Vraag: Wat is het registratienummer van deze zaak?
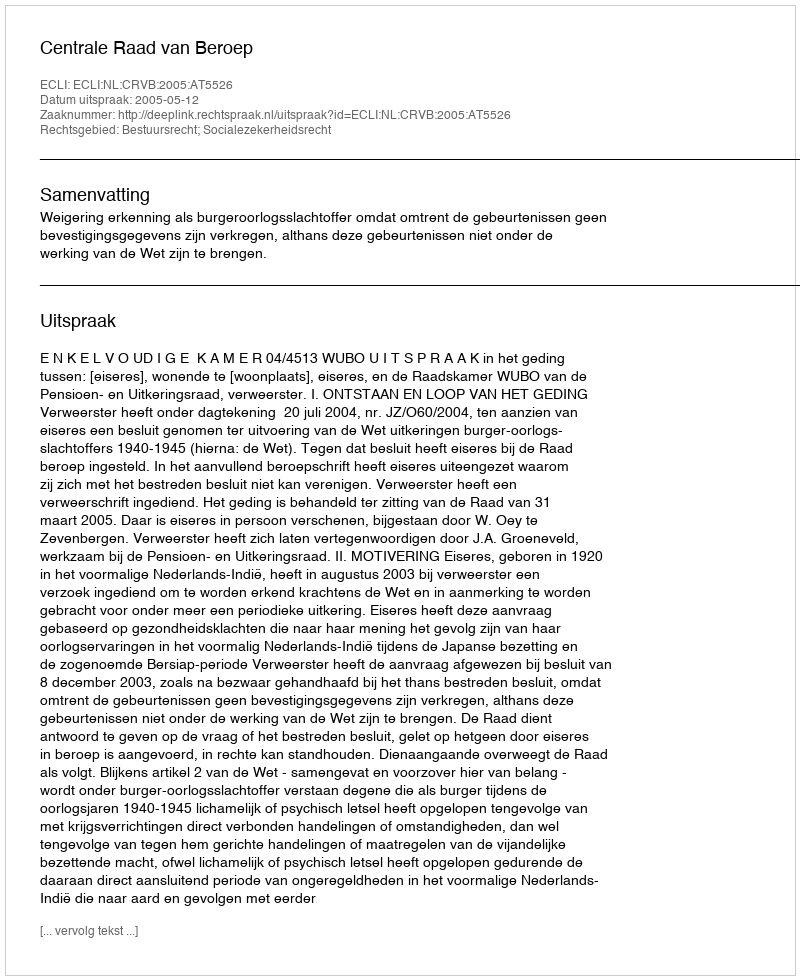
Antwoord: http://deeplink.rechtspraak.nl/uitspraak?id=ECLI:NL:CRVB:2005:AT5526